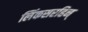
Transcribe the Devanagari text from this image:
लिंकसरहिन्